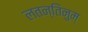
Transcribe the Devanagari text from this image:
लतन्तिनुम्